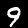
Label: 9